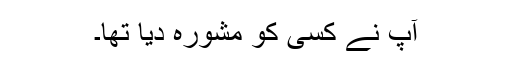
آپ نے کسی کو مشورہ دیا تھا۔